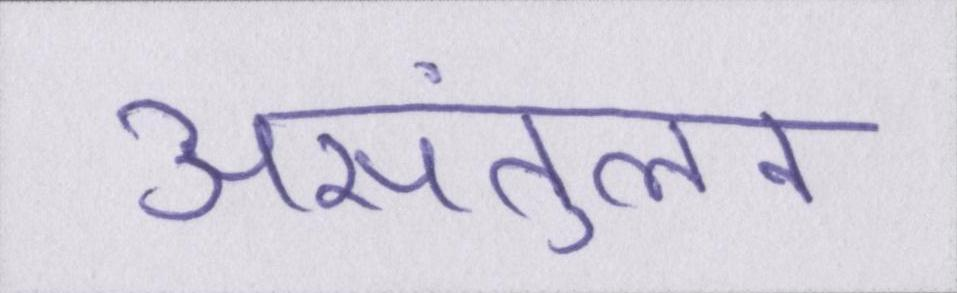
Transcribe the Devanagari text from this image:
असंतुलन